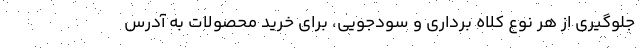
جلوگیری از هر نوع کلاه برداری و سودجویی، برای خرید محصولات به آدرس